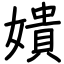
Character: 嬇